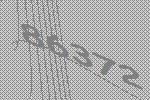
86372